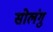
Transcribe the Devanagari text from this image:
सोलंगु